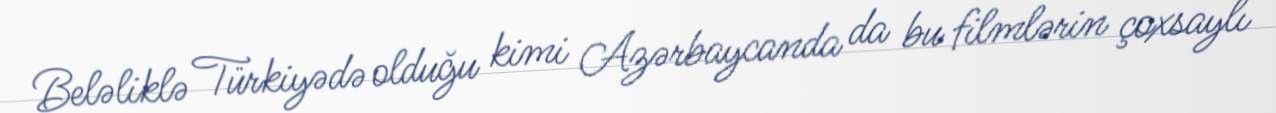
Beləliklə Türkiyədə olduğu kimi Azərbaycanda da bu filmlərin çoxsaylı